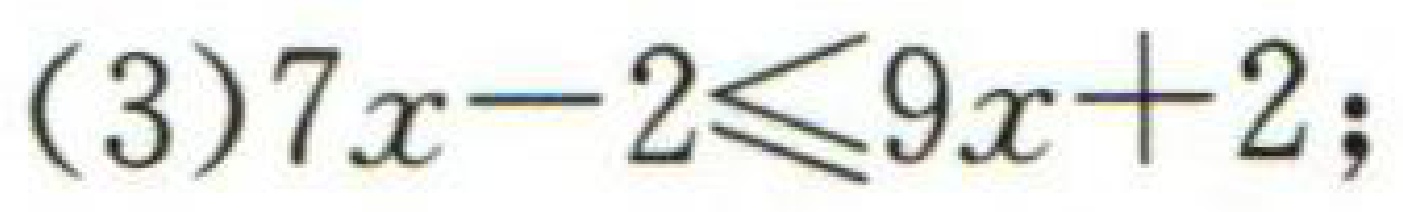
(3)\(7x - 2\leqslant9x + 2\);